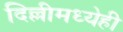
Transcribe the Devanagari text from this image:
दिल्लीमध्येही